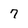
Character: 7